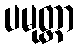
ပမုတ္တာ